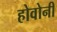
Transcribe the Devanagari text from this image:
होवोनी